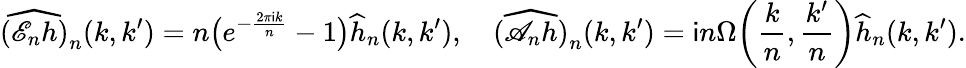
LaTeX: \widehat{(\mathscr{E}_{n}h)}_{n}(k,k^{\prime})=n\big(e^{-\frac{2\pi\mathsf{i}k}{n}}-1\big)\widehat{h}_{n}(k,k^{\prime}),\quad\widehat{(\mathscr{A}_{n}h)}_{n}(k,k^{\prime})=\mathsf{i}n\Omega\bigg(\frac{k}{n},\frac{k^{\prime}}{n}\bigg)\widehat{h}_{n}(k,k^{\prime}).